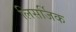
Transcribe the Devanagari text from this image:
लिसर्जिक